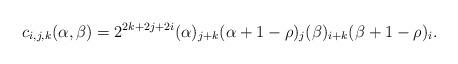
LaTeX: \begin{align*}c_{i, j, k}(\alpha, \beta)= 2^{2k+2j+2i} (\alpha)_{j+k}(\alpha+1-\rho)_j(\beta)_{i+k}(\beta+1-\rho)_i.\end{align*}